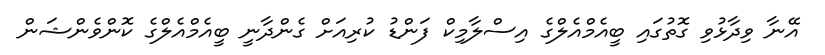
އޭނާ ވިދާޅުވި ގޮތުގައި ބީއެމްއެލްގެ އިސްލާމިކް ފަންޑު ކުރިއަށް ގެންދާނީ ބީއެމްއެލްގެ ކޮންވެންޝަން